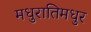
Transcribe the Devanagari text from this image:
मधुरातिमधुर